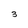
Character: 3